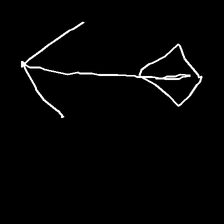
Glyph: focus